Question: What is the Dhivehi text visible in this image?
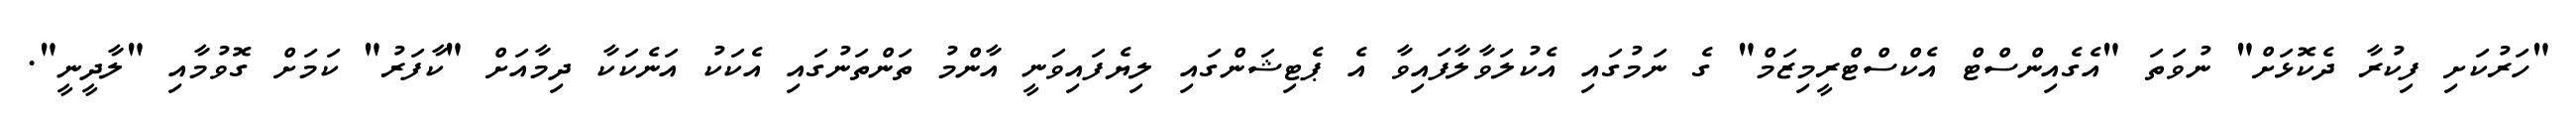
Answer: "ހަރުކަށި ފިކުރާ ދެކޮޅަށް" ނުވަތަ "އެގެއިންސްޓް އެކްސްޓްރީމިޒަމް" ގެ ނަމުގައި އެކުލަވާލާފައިވާ އެ ޕެޓިޝަންގައި ލިޔެފައިވަނީ އާންމު ތަންތަނުގައި އެކަކު އަނެކަކާ ދިމާއަށް "ކާފަރު" ކަމަށް ގޮވުމާއި "ލާދީނީ".